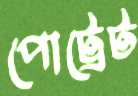
পোট্রেট